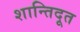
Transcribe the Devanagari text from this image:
शान्तिदूत